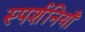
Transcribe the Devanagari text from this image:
स्पर्शनियाँ